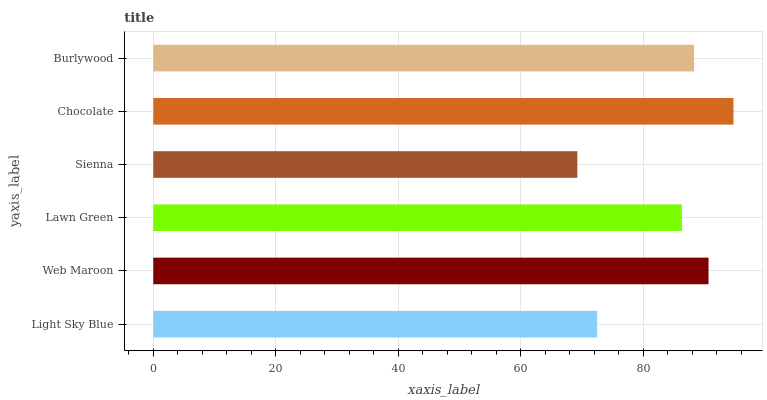
| yaxis_label | bars |
 | --- | --- |
 | Light Sky Blue | 72.4 |
 | Web Maroon | 90.6 |
 | Lawn Green | 86.3 |
 | Sienna | 69.2 |
 | Chocolate | 94.7 |
 | Burlywood | 88.3 |